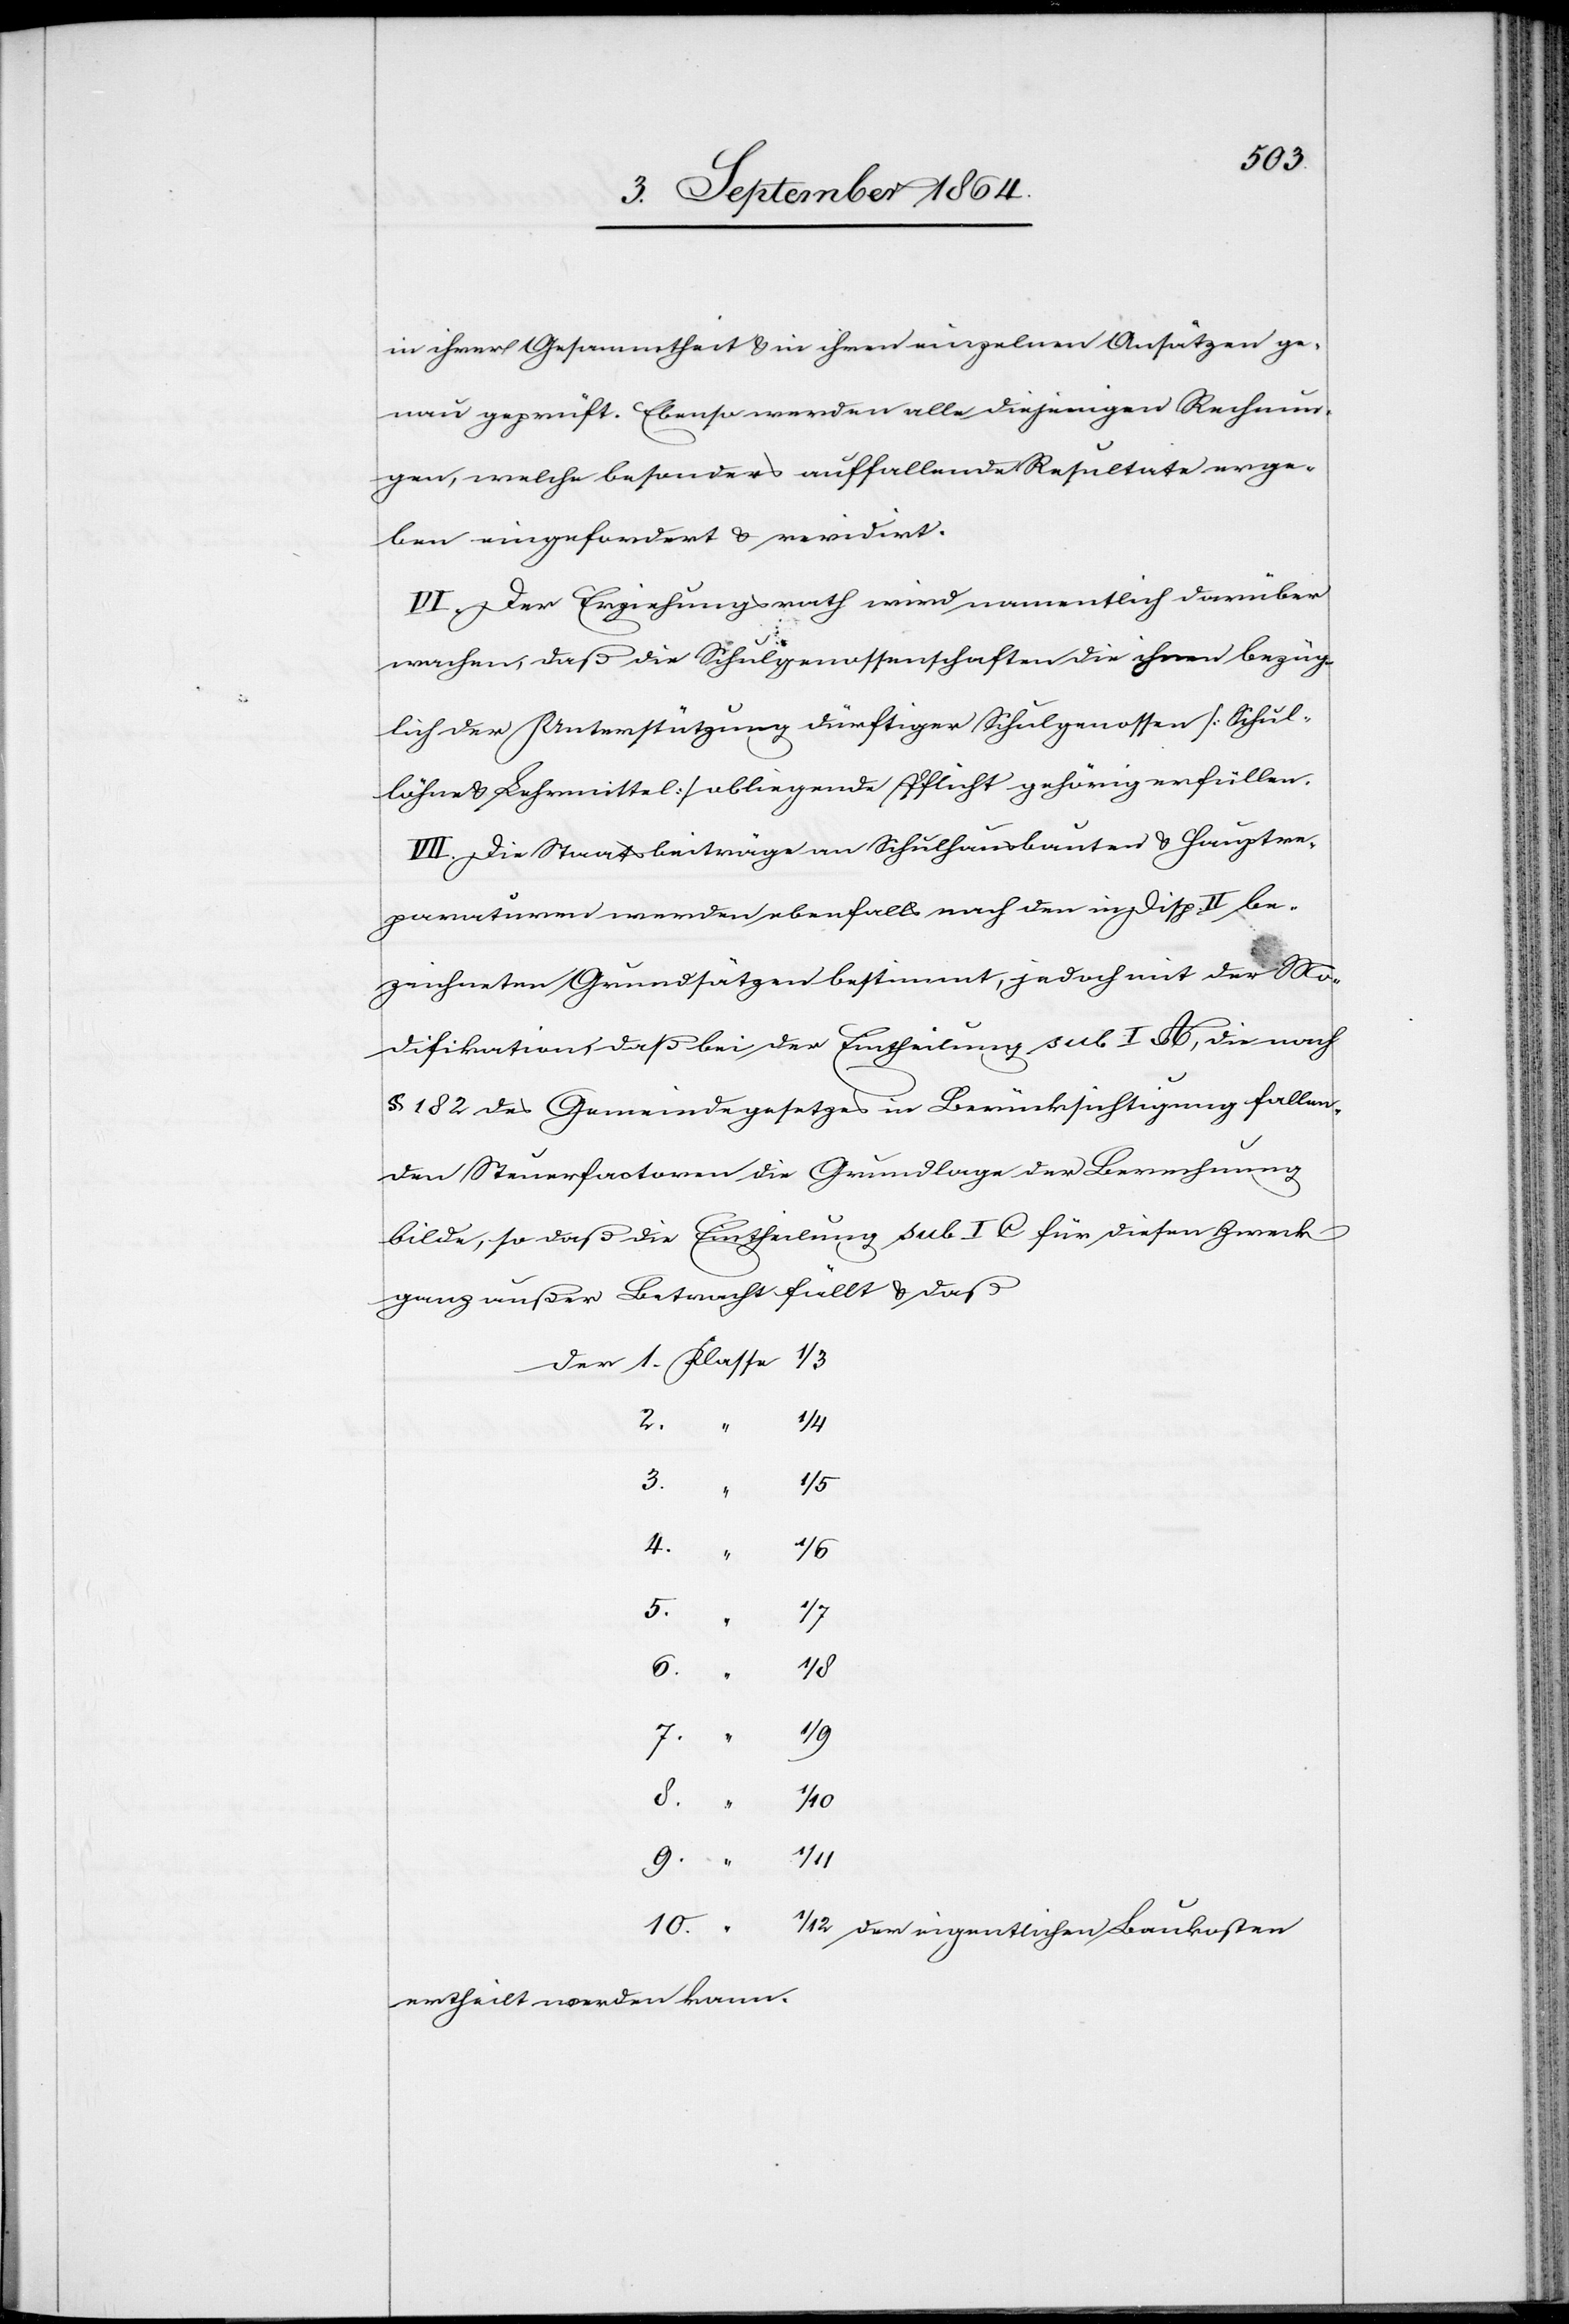
in ihrer Gesammtheit & in ihren einzelnen Ansätzen ge¬
nau geprüft. Ebenso werden alle diejenigen Rechnun¬
gen, welche besonders auffallende Resultate erge¬
ben eingefordert & revidirt.
VI. Der Erziehungsrath wird namentlich darüber
wachen, daß die Schulgenossenschaften die ihnen bezüg¬
lich der Unterstützung dürftiger Schulgenossen [Schul¬
löhne & Lehrmittel] obliegende Pflicht gehörig erfüllen.
VII. Die Staatsbeiträge an Schulhausbauten & Hauptre¬
paraturen werden ebenfalls nach den in Disp. II be¬
zeichneten Grundsätzen bestimmt, jedoch mit der Mo¬
difikation, daß bei der Eintheilung sub I A, die nach
§ 182 des Gemeindegesetzes in Berücksichtigung fallen¬
den Steuerfactoren die Grundlage der Berechnung
bilde[n], so daß die Eintheilung sub I C für diesen Zweck
ganz außer Betracht fällt & daß
2.
1/4
3.
1/10
4.
6.
9.
7.
1/9
8.
Klasse
10.
1/12
der eigentlichen Baukosten
ertheilt werden kann.